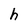
Character: h